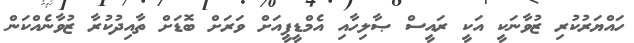
ހައްޔަރުކުރި ޒުވާނަކީ އަކީ ރައީސް ޞާލިހާއި އެމްޑީޕީއަށް ވަރަށް ބޮޑަށް ތާއިދުކުރާ ޒުވާނެއްކަން